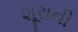
શૂરાની